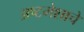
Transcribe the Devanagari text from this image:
अष्टमेशाचे